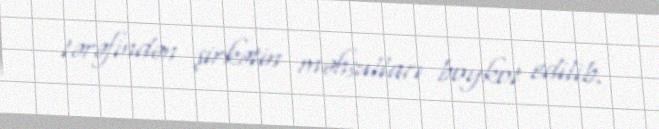
tərəfindən şirkətin məhsulları boykot edilib.